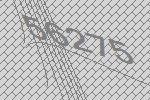
56275